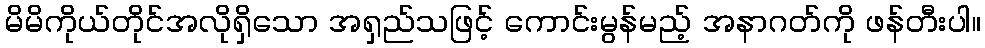
မိမိကိုယ်တိုင်အလိုရှိသော အရှည်သဖြင့် ကောင်းမွန်မည့် အနာဂတ်ကို ဖန်တီးပါ။